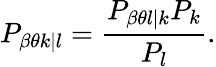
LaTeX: P_{\beta\theta k|l}=\frac{P_{\beta\theta l|k}P_{k}}{P_{l}}.